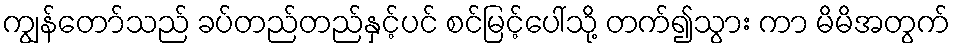
ကျွန်တော်သည် ခပ်တည်တည်နှင့်ပင် စင်မြင့်ပေါ်သို့ တက်၍သွား ကာ မိမိအတွက်